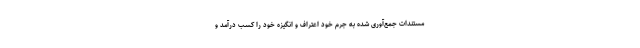
مستندات جمع‌آوری شده به جرم خود اعتراف و انگیزه خود را کسب درآمد و